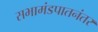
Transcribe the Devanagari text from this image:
सभामंडपातनंतर